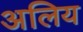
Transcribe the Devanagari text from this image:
अलिय